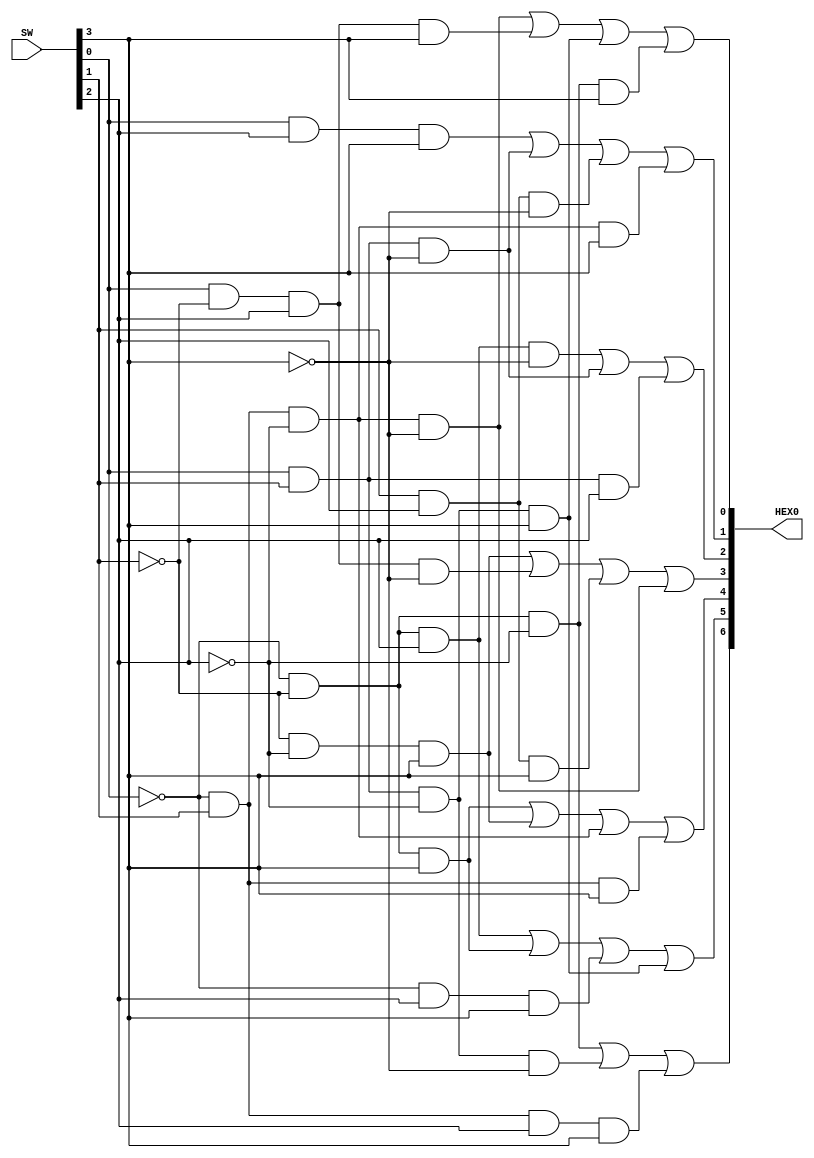
//SW[3:0] inputs
//HEX0 output display

// c0 = SW[0]
// c1 = SW[1]
// c2 = SW[2]
// c3 = SW[3]

module sevenSegDecoder(SW, HEX0);
	input [9:0] SW;
	output [6:0] HEX0;

	assign HEX0[0] = (~SW[0] & SW[1] & ~SW[2] & ~SW[3]) | (SW[0] & ~SW[1] & SW[2] & SW[3]) | (SW[0] & SW[1] & ~SW[2] & SW[3]) | (~SW[0] & ~SW[1] & ~SW[2] & SW[3]);
						  
	assign HEX0[1] = (SW[0] & SW[2] & SW[3]) | (SW[0] & SW[1] & ~SW[3]) | (SW[1] & SW[2] & ~SW[3]) | (~SW[0] & SW[1] & ~SW[2] & SW[3]);
	
	assign HEX0[2] = (~SW[0] & ~SW[1] & SW[2] & ~SW[3]) | (SW[0] & SW[1] & ~SW[3]) | (SW[0] & SW[1] & SW[2]);
	
	assign HEX0[3] = (~SW[1] & ~SW[2] & SW[3]) | (SW[0] & ~SW[1] & SW[2] & ~SW[3]) | (SW[1] & SW[2] & SW[3]) | (~SW[0] & SW[1] & ~SW[2] & ~SW[3]);
						  
	assign HEX0[4] = (~SW[0] & ~SW[1] & SW[3]) | (~SW[1] & ~SW[2] & SW[3]) | (~SW[0] & SW[1] & ~SW[2]) | (~SW[0] & SW[1] & SW[3]);
						  
	assign HEX0[5] = (~SW[0] & ~SW[1] & SW[2]) | (~SW[0] & ~SW[1] & SW[3]) | (~SW[0] & SW[2] & SW[3]) | (SW[0] & SW[1] & ~SW[2] & SW[3]);
						  
	assign HEX0[6] = (~SW[0] & ~SW[1] & ~SW[2]) | (SW[0] & SW[1] & ~SW[2] & ~SW[3]) | (~SW[0] & SW[1] & SW[2] & SW[3]);
endmodule